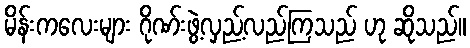
မိန်းကလေးများ ဂိုဏ်းဖွဲ့လှည့်လည်ကြသည် ဟု ဆိုသည်။